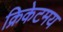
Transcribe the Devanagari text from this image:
क्रिकेटमय